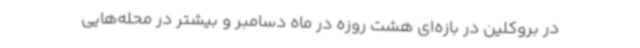
در بروکلین در بازه‌ای هشت روزه در ماه دسامبر و بیشتر در محله‌هایی